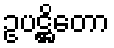
ဥပဋ္ဌိတော